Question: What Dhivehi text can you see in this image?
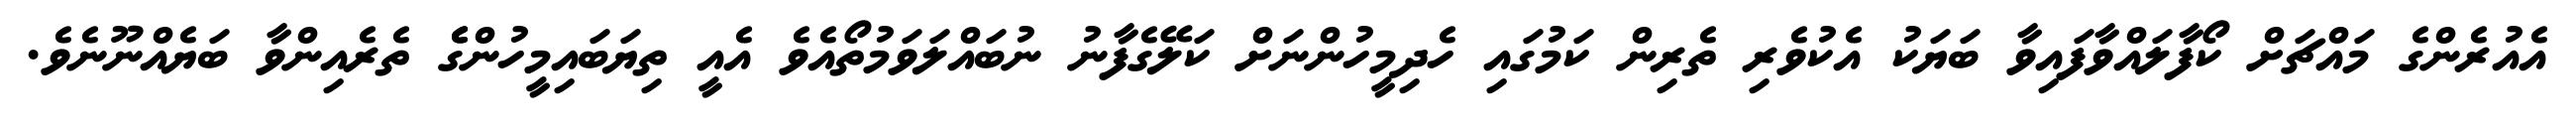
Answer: އެއުރެންގެ މައްޗަށް ކޯފާލައްވާފައިވާ ބަޔަކު އެކުވެރި ތެރިން ކަމުގައި ހެދިމީހުންނަށް ކަލޭގެފާނު ނުބައްލަވަމުތޯއެވެ އެއީ ތިޔަބައިމީހުންގެެ ތެރެއިންވާ ބަޔެއްނޫނެވެ.